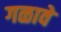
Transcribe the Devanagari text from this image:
गळावे